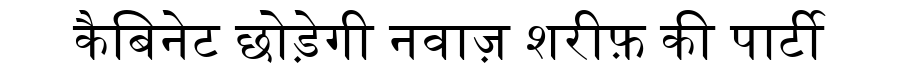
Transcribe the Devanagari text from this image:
कैबिनेट छोड़ेगी नवाज़ शरीफ़ की पार्टी